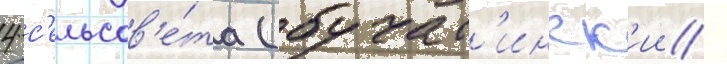
4 с'ельсов'е́та (бучат'инск'ии /